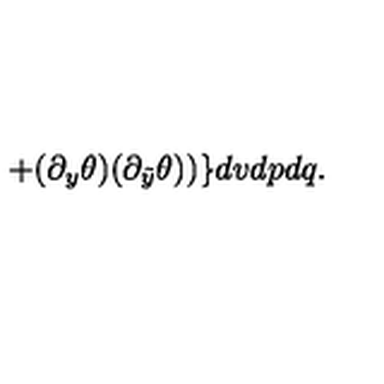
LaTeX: + ( \partial _ { y } \theta ) ( \partial _ { \tilde { y } } \theta ) ) \} d v d p d q .